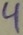
Text: 4